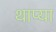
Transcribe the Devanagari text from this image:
थाप्या